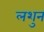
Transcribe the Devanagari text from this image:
लशुन